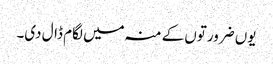
یوں ضرورتوں کے منہ میں لگام ڈال دی۔